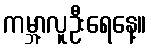
ကမ္ဘာ့လူဦးရေနေ့။